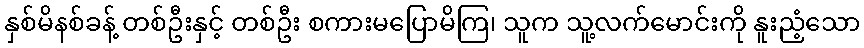
နှစ်မိနစ်ခန့် တစ်ဦးနှင့် တစ်ဦး စကားမပြောမိကြ၊ သူက သူ့လက်မောင်းကို နူးညံ့သော